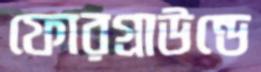
ফোরগ্রাউন্ডে